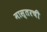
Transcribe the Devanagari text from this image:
मास्तरची